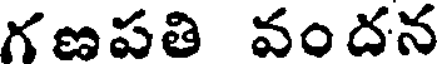
గణపతి వందన